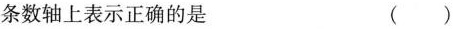
条数轴上表示正确的是 ( )